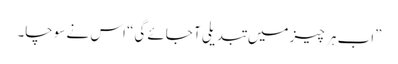
”اب ہر چیز میں تبدیلی آ جائے گی“ اس نے سوچا۔